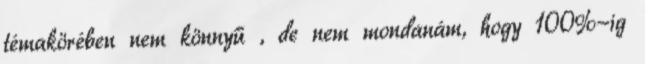
témakörében nem könnyű , de nem mondanám, hogy 100%-ig